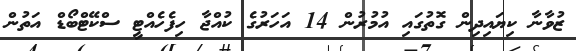
ޒުވާނާ ކިޔައިދިން ގޮތުގައި އުމުރުން 14 އަހަރުގެ ކުއްޖާ ހިފެހެއްޓީ ސްކޭޓްބޯޑް އަތުން